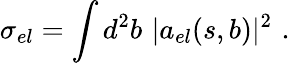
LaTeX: \sigma_{el}=\int d^{2}b\, \, \vert a_{el}(s,b)\vert^{2}\, \, .